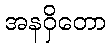
အနဝှိတော